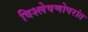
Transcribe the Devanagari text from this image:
विश्लेषणोपरांत